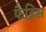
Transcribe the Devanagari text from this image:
फैडिस